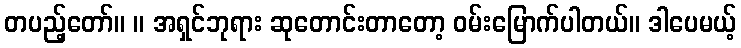
တပည့်တော်။ ။ အရှင်ဘုရား ဆုတောင်းတာတော့ ဝမ်းမြောက်ပါတယ်။ ဒါပေမယ့်